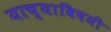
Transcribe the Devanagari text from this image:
याच्याविषयी